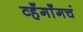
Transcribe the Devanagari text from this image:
व्हँगाँगचं